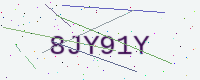
Text: 8JY91Y